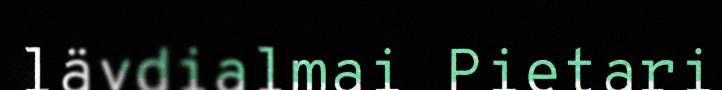
lävdialmai Pietari